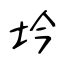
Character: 坅